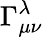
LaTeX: \Gamma_{\mu\nu}^{\lambda}